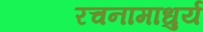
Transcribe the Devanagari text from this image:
रचनामाधुर्य